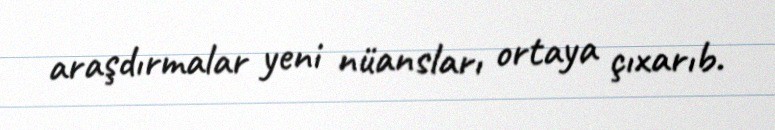
araşdırmalar yeni nüansları ortaya çıxarıb.